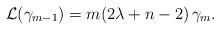
LaTeX: \begin{align*}\mathcal{L}(\gamma_{m-1}) = m (2\lambda +n-2)\,\gamma_m.\end{align*}